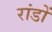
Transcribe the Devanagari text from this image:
रांडों